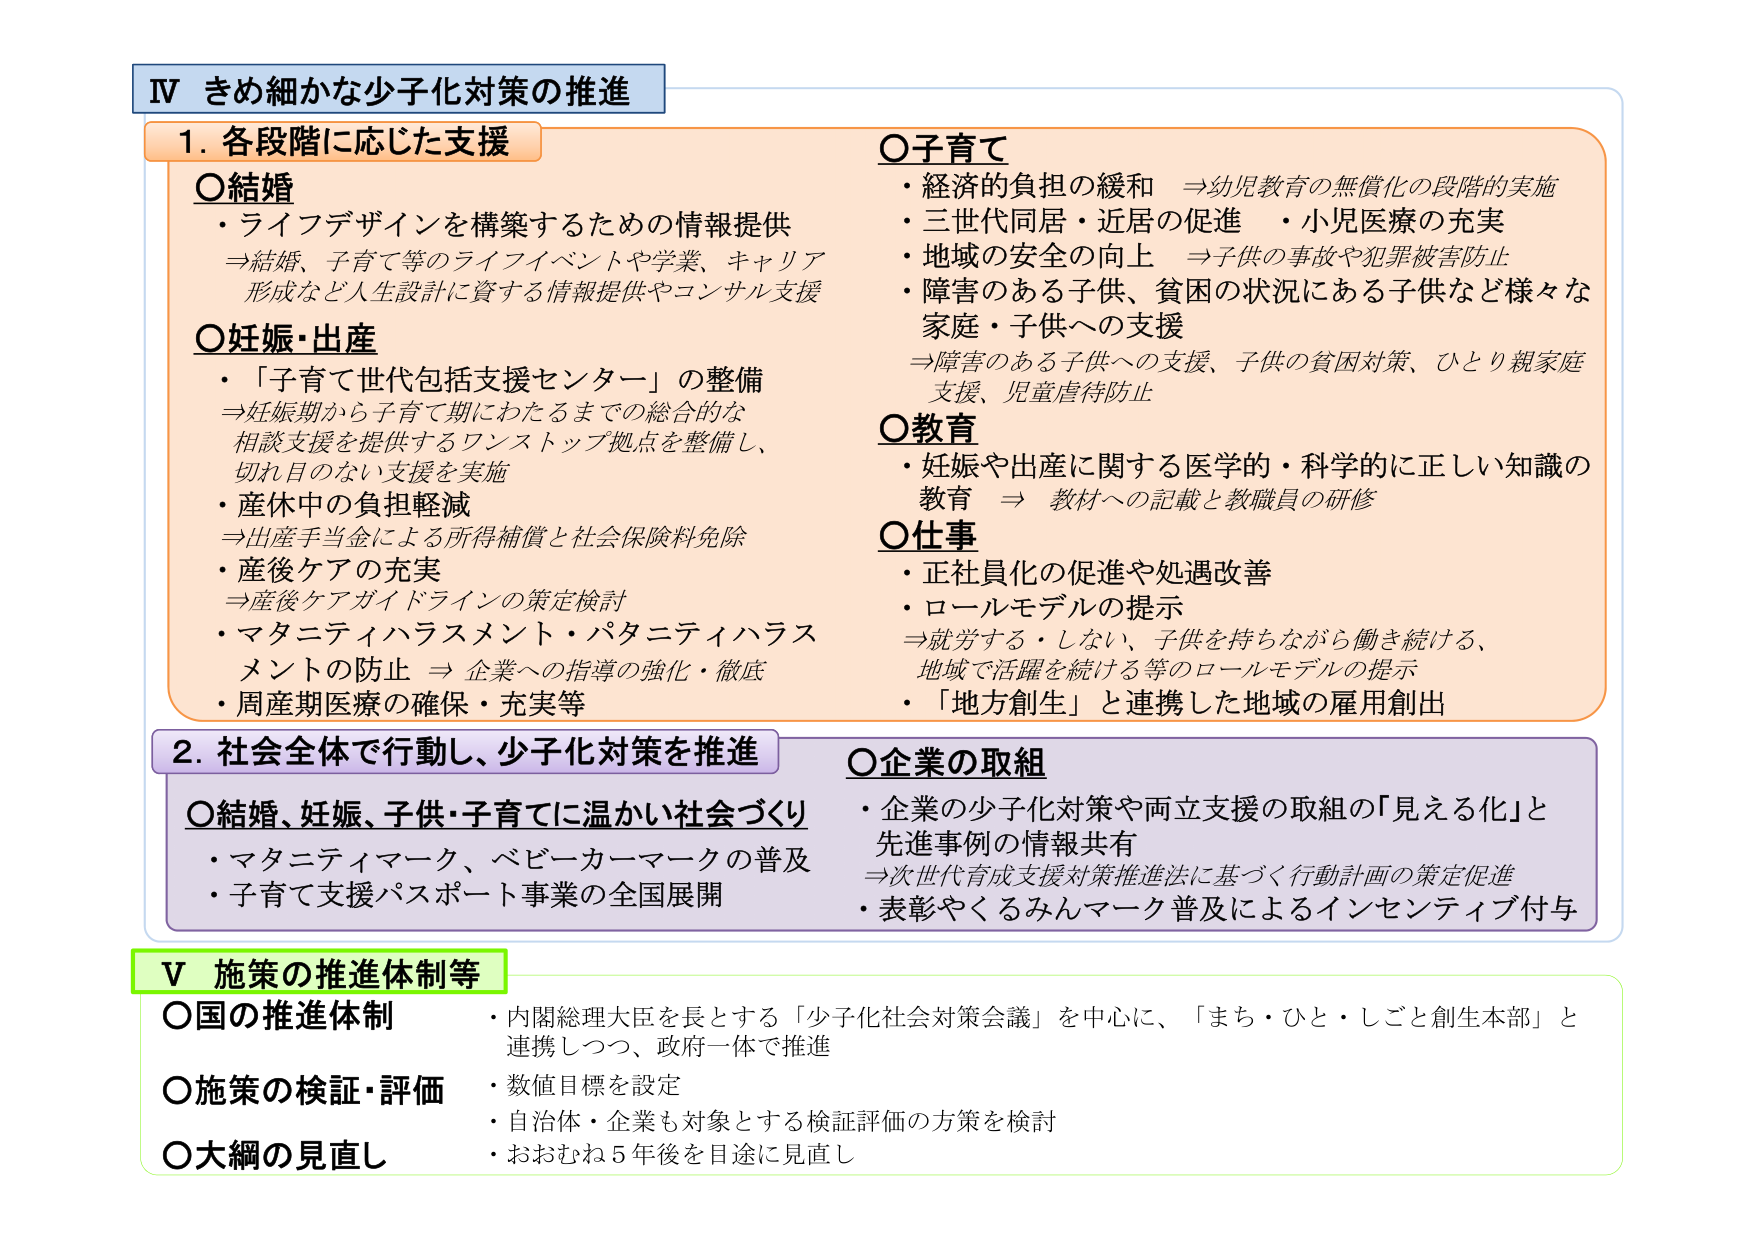
IV きめ細かな少子化対策の推進

1. 各段階に応じた支援

○結婚
・ライフデザインを構築するための情報提供
⇒結婚、子育て等のライフイベントや学業、キャリア形成など人生設計に資する情報提供やコンサル支援

○妊娠・出産
・「子育て世代包括支援センター」の整備
⇒妊娠期から子育て期にわたるまでの総合的な相談支援を提供するワンストップ拠点を整備し、切れ目のない支援を実施
・産休中の負担軽減
⇒出産手当金による所得補償と社会保険料免除
・産後ケアの充実
⇒産後ケアガイドラインの策定検討
・マタニティハラスメント・パタニティハラスメントの防止 ⇒企業への指導の強化・徹底
・周産期医療の確保・充実等

○子育て
・経済的負担の緩和 ⇒幼児教育の無償化の段階的実施
・三世代同居・近居の促進 ・小児医療の充実
・地域の安全の向上 ⇒子供の事故や犯罪被害防止
・障害のある子供、貧困の状況にある子供など様々な家庭・子供への支援
⇒障害のある子供への支援、子供の貧困対策、ひとり親家庭支援、児童虐待防止

○教育
・妊娠や出産に関する医学的・科学的に正しい知識の教育 ⇒教材への記載と教職員の研修

○仕事
・正社員化の促進や処遇改善
・ロールモデルの提示
⇒就労する・しない、子供を持ちながら働き続ける、地域で活躍を続ける等のロールモデルの提示
・「地方創生」と連携した地域の雇用創出

2. 社会全体で行動し、少子化対策を推進

○結婚、妊娠、子供・子育てに温かい社会づくり
・マタニティマーク、ベビーカーマークの普及
・子育て支援パスポート事業の全国展開

○企業の取組
・企業の少子化対策や両立支援の取組の「見える化」と先進事例の情報共有
⇒次世代育成支援対策推進法に基づく行動計画の策定促進
・表彰やくるみんマーク普及によるインセンティブ付与

V 施策の推進体制等

○国の推進体制
・内閣総理大臣を長とする「少子化社会対策会議」を中心に、「まち・ひと・しごと創生本部」と連携しつつ、政府一体で推進

○施策の検証・評価
・数値目標を設定
・自治体・企業も対象とする検証評価の方策を検討

○大綱の見直し
・おおむね5年後を目途に見直し